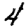
Digit: 4